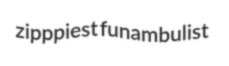
zipppiest funambulist